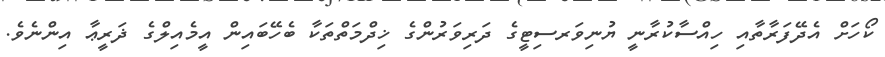
ކޯހަށް އެދޭފަރާތާއި ހިއްސާކުރާނީ ޔުނިވަރސިޓީގެ ދަރިވަރުންގެ ޚިދްމަތްތަކާ ބެހޭބައިން އީމެއިލްގެ ޛަރީޢާ އިންނެވެ.